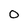
Character: O